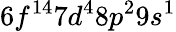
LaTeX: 6f^{14}7d^{4}8p^{2}9s^{1}